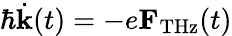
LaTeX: \hbar\dot{\mathbf k}(t)=-e{\mathbf F}_{\mathrm{THz}}(t)